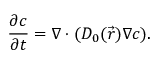
\frac { \partial c } { \partial t } = \nabla \cdot ( D _ { 0 } ( \vec { r } ) \nabla c ) .